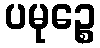
ပမုဉ္စေ